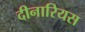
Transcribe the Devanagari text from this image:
दीनारियस